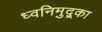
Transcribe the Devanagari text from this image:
ध्वनिमुद्र्का